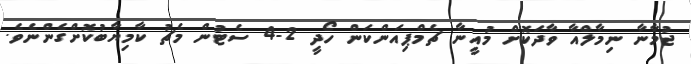
ޖުމާނާ ނިމާލްއާ ވާދަކޮށް މުއީނާ ޗެމްޕިއަންކަން ހޯދީ 2-4 ސެޓުން މެޗު ކާމިޔާބުކޮށްގެންނެވެ.